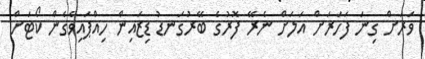
ވަރަށް ގިނަ ފަހަރަށް އަލަށް ނެރޭ ފޮރުގެ ބޭރުގަނޑު ޑިޒައިން ހިއްޕައިވެގެން ކޯޓަށް